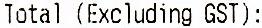
TOTAL (EXCLUDING GST):